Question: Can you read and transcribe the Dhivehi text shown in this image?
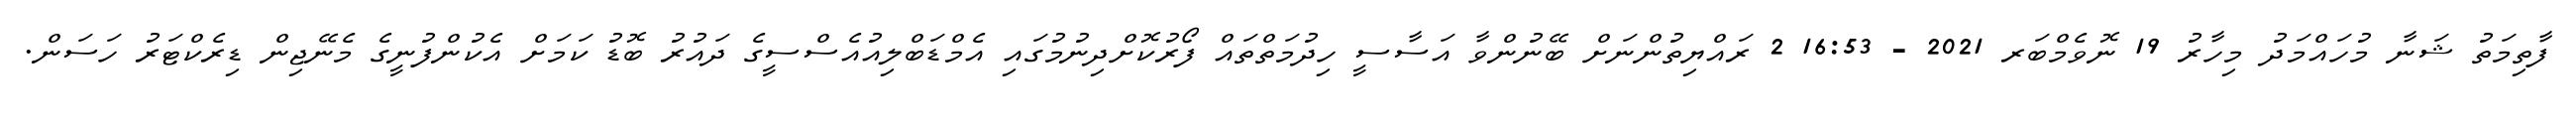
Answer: ފާތިމަތު ޝަނާ މުހައްމަދު މިހާރު 19 ނޮވެމްބަރ 2021 - 16:53 2 ރައްޔިތުންނަށް ބޭނުންވާ އަސާސީ ހިދުމަތްތައް ފޯރުކޮށްދިނުމުގައި އެމްޑަބްލިއުއެސްސީގެ ދައުރު ބޮޑު ކަމަށް އެކުންފުނީގެ މެނޭޖިން ޑިރެކްޓަރު ހަސަން.